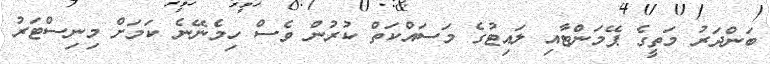
ބަންދަރު މަތީގެ ޕޭމަންޓާއި ލައިޓުގެ މަސައްކަތް ކުރުން ވެސް ހިމެނޭނެ ކަމަށް މިނިސްޓަރު